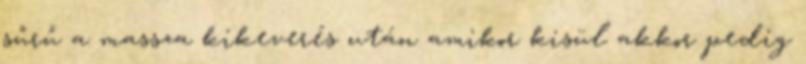
sűrű a massza kikeverés után amikor kisül akkor pedig